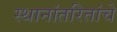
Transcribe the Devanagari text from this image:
स्थानांतरितांचे